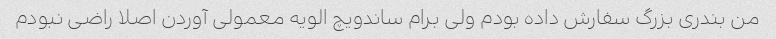
من بندری بزرگ سفارش داده بودم ولی برام ساندویچ الویه معمولی آوردن اصلا راضی نبودم